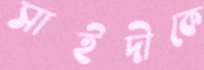
সাইদীকে